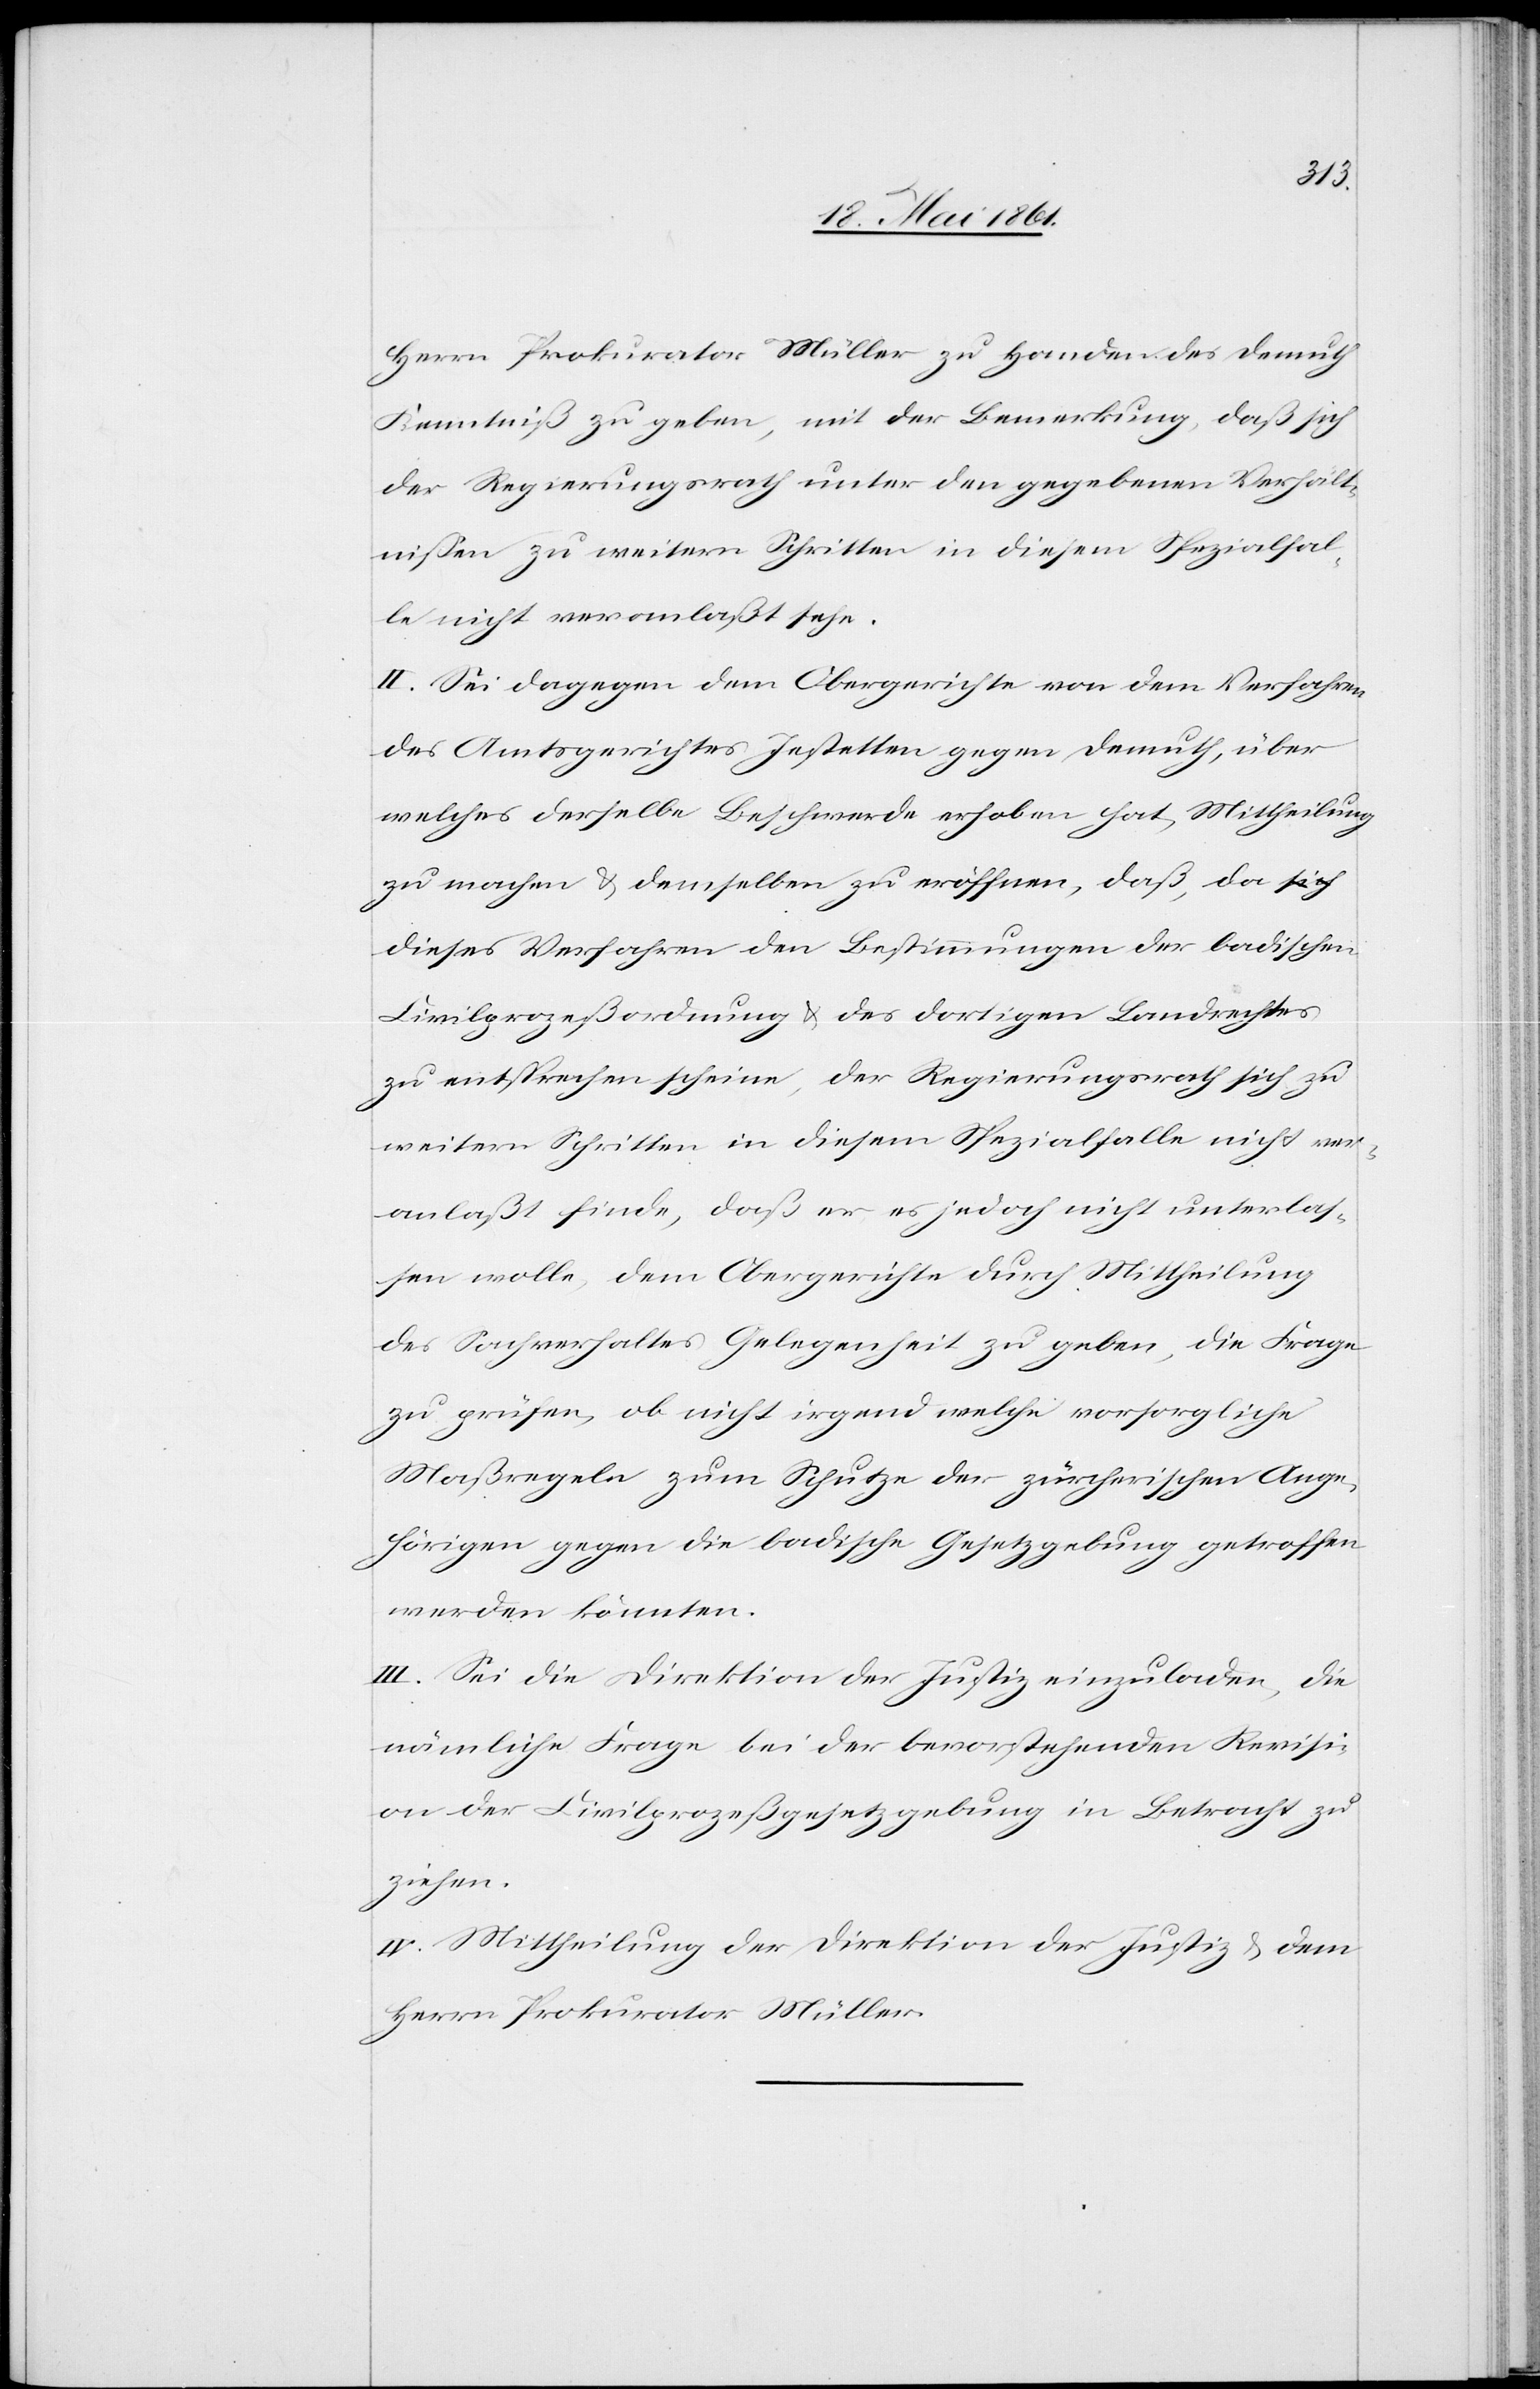
Herrn Prokurator Müller zu Handen des Demuth
Kenntniß zu geben, mit der Bemerkung, daß sich
der Regierungsrath unter den gegebenen Verhält¬
nissen zu weitern Schritten in diesem Spezialfal¬
le nicht veranlaßt sehe.
II. Sei dagegen dem Obergerichte von dem Verfahren
des Amtsgerichtes Jestetten gegen Demuth, über
welches derselbe Beschwerde erhoben hat, Mittheilung
zu machen u. demselben zu eröffnen, daß, da d¬
ieses Verfahren den Bestimmungen der badischen
Civilprozeßordnung u. des dortigen Landrechtes
zu entsprechen scheine, der Regierungsrath sich zu
weitern Schritten in diesem Spezialfalle nicht ver¬
anlaßt finde, daß er es jedoch nicht unterlas¬
sen wolle, dem Obergerichte durch Mittheilung
des Sachverhaltes Gelegenheit zu geben, die Frage
zu prüfen, ob nicht irgend welche vorsorgliche
Maßregeln zum Schutze der zürcherischen Ange¬
hörigen gegen die badische Gesetzgebung getroffen
werden könnten.
III. Sei die Direktion der Justiz einzuladen, die
nämliche Frage bei der bevorstehenden Revisi¬
on der Civilprozeßgesetzgebung in Betracht zu
ziehen.
IV. Mittheilung der Direktion der Justiz u. dem
Herrn Prokurator Müller.